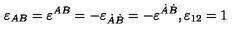
\varepsilon _ { A B } = \varepsilon ^ { A B } = - \varepsilon _ { \dot { A } \dot { B } } = - \varepsilon ^ { \dot { A } \dot { B } } , \varepsilon _ { 1 2 } = 1